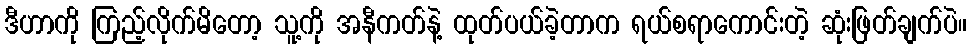
ဒီဟာကို ကြည့်လိုက်မိတော့ သူ့ကို အနီကတ်နဲ့ ထုတ်ပယ်ခဲ့တာက ရယ်စရာကောင်းတဲ့ ဆုံးဖြတ်ချက်ပဲ။